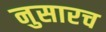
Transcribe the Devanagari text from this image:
नुसारच